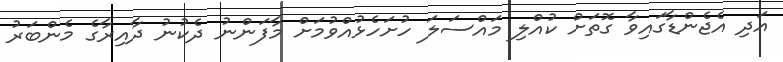
އަދި އެޖެންޑާގައިވާ ގޮތަށް ކުއްލި މައްސަލަ ހުށަހެޅުއްވުމަށް މާފަންނު ދެކުނު ދާއިރާގެ މެންބަރު